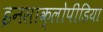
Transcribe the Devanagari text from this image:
इनसाक्लोपीडिया